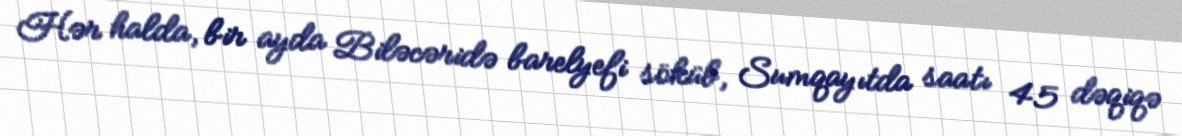
Hər halda, bir ayda Biləcəridə barelyefi söküb, Sumqayıtda saatı 45 dəqiqə